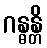
ဂန္ဓန္တိ